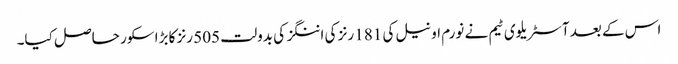
اس کے بعد آسٹریلوی ٹیم نے نورم او نیل کی 181 رنز کی اننگز کی بدولت 505 رنز کا بڑا سکور حاصل کیا۔